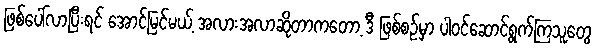
ဖြစ်ပေါ်လာပြီးရင် အောင်မြင်မယ့် အလားအလာဆိုတာကတော့ ဒီ ဖြစ်စဉ်မှာ ပါဝင်ဆောင်ရွက်ကြသူတွေ